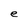
Character: e